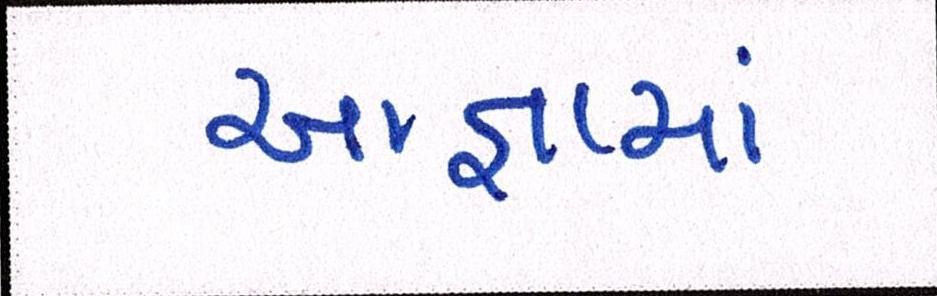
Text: આજ્ઞામાં